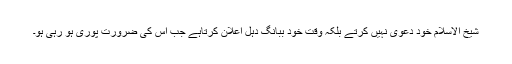
شیخ الاسلام خود دعویٰ نہیں کرتے بلکہ وقت خود ببانگ دہل اعلان کرتاہے جب اس کی ضرورت پوری ہو رہی ہو۔